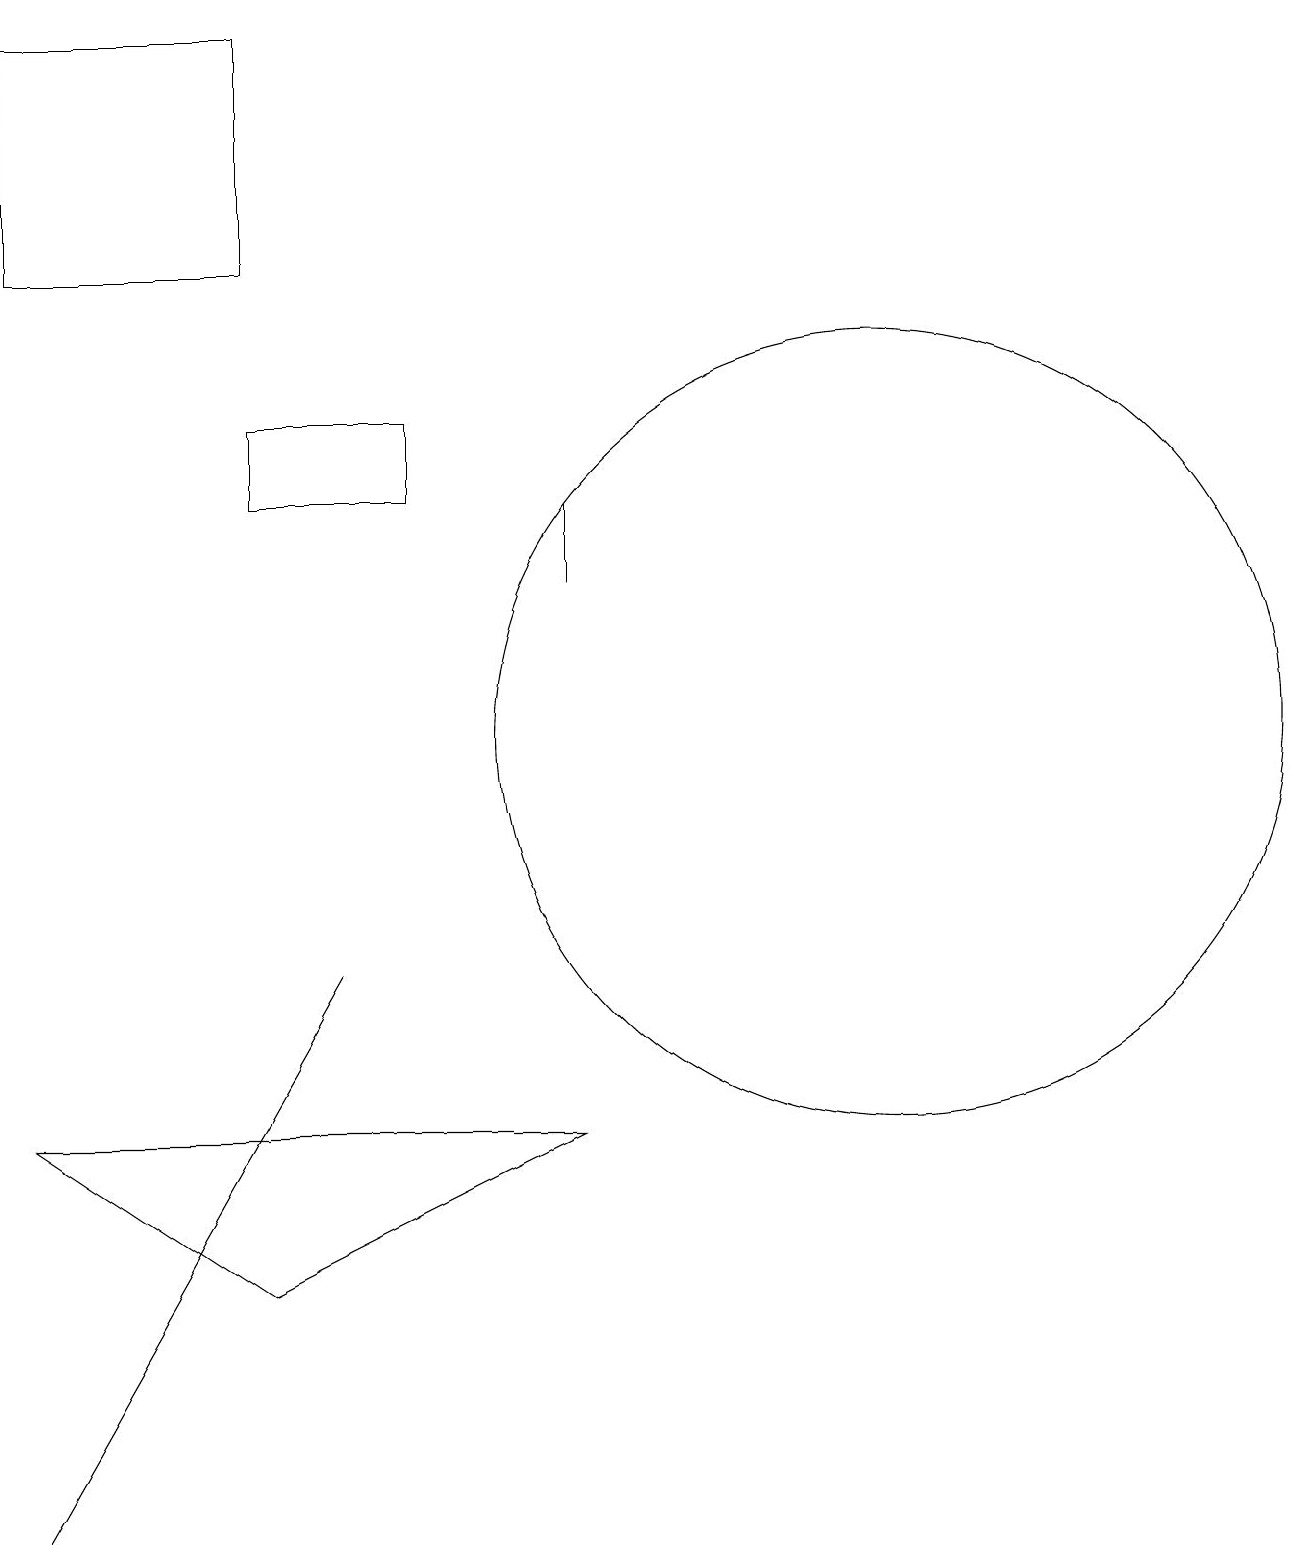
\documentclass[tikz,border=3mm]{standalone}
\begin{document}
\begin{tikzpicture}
\draw (0,0) -- (4,7) -- (0,0) -- cycle;
\draw (3,13) rectangle (5,14);
\draw (7,12) rectangle (7,13);
\draw (3,16) rectangle (0,19);
\draw (11,10) circle (5);
\draw (0,5) -- (7,5) -- (3,3) -- cycle;
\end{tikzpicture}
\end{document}